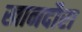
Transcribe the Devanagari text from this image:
खानदौरा